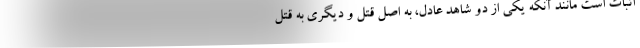
اثبات است مانند آنکه یکی از دو شاهد عادل، به اصل قتل و دیگری به قتل